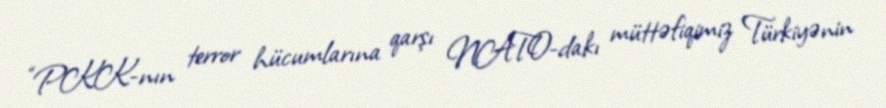
“PKK-nın terror hücumlarına qarşı NATO-dakı müttəfiqimiz Türkiyənin